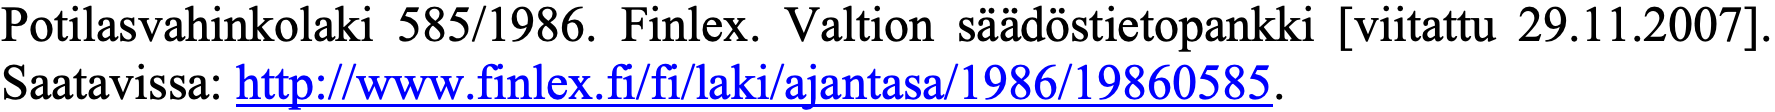
Potilasvahinkolaki 585/1986. Finlex. Valtion säädöstietopankki [viitattu 29.11.2007]. Saatavissa: http://www.finlex.fi/fi/laki/ajantasa/1986/19860585.